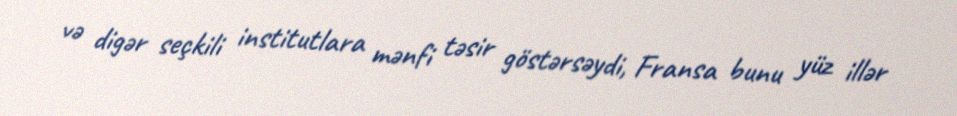
və digər seçkili institutlara mənfi təsir göstərsəydi, Fransa bunu yüz illər